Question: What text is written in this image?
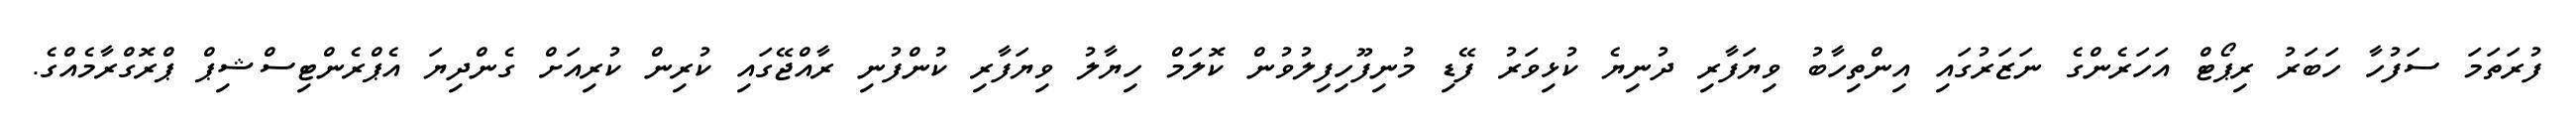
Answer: ފުރަތަމަ ސަފުހާ ހަބަރު ރިޕޯޓް އަހަރެންގެ ނަޒަރުގައި އިންތިހާބު ވިޔަފާރި ދުނިޔެ ކުޅިވަރު ފޭޑި މުނިފޫހިފިލުވުން ކޮލަމް ހިޔާލު ވިޔަފާރި ކުންފުނި ރާއްޖޭގައި ކުރިން ކުރިއަށް ގެންދިޔަ އެޕްރެންޓިސްޝިޕް ޕްރޮގްރާމެއްގެ.